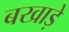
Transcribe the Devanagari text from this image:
बखाड़े